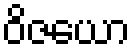
ဝိဇယော